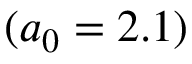
( a _ { 0 } = 2 . 1 )